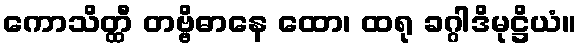
ကောသိတ္ထီ တဗ္ဗိဓာနေ ထော၊ ထရု ခဂ္ဂါဒိမုဋ္ဌိယံ။